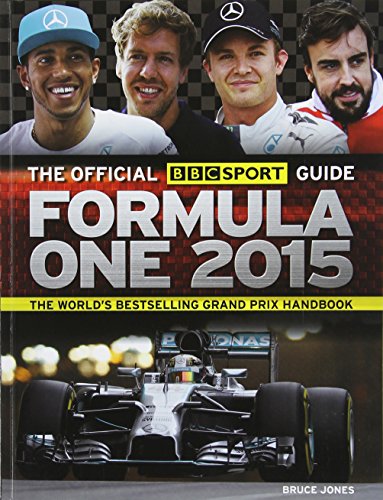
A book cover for The Official BBC Sport Guide: Formula One 2015; Bruce Jones; Sports & Outdoors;